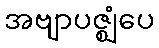
အဗျာပဇ္ဈံပေ